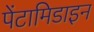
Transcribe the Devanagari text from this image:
पेंटामिडाइन